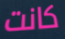
كانت